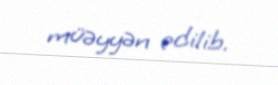
müəyyən edilib.